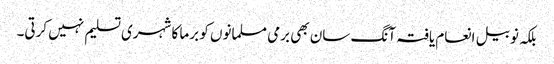
بلکہ نوبیل انعام یافتہ آنگ سان بھی برمی مسلمانوں کو برما کا شہری تسلیم نہیں کرتی۔